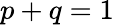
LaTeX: p+q=1